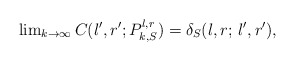
\begin{align*} \lim \nolimits_{k \to \infty} C(l',r';P_{k,S}^{l,r}) = \delta_S(l,r; \, l',r'),\end{align*}